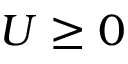
U \geq 0